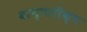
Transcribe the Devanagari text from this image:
वान्तारिक्ष